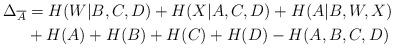
LaTeX: \begin{align*} \Delta_{\overline{A}} &= H(W|B,C,D) + H(X|A,C,D) + H(A|B,W,X)\\ & + H(A) + H(B) + H(C) + H(D) - H(A,B,C,D)\end{align*}